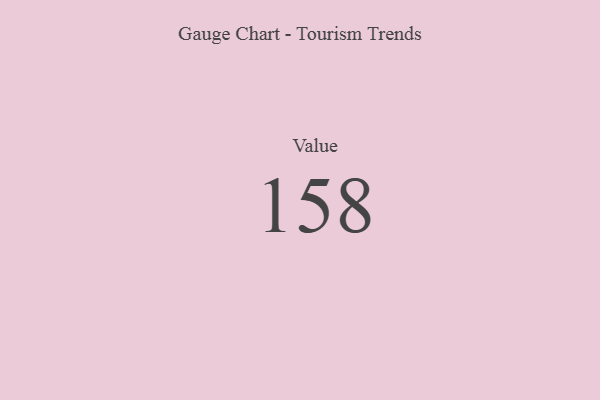
{"axis": {"x": "Metric", "y": "Value"}, "legend": [""], "data": [{"x": "Value", "y": 158, "type": ""}]}